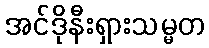
အင်ဒိုနီးရှားသမ္မတ